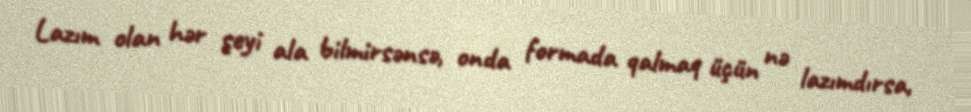
Lazım olan hər şeyi ala bilmirsənsə, onda formada qalmaq üçün nə lazımdırsa,